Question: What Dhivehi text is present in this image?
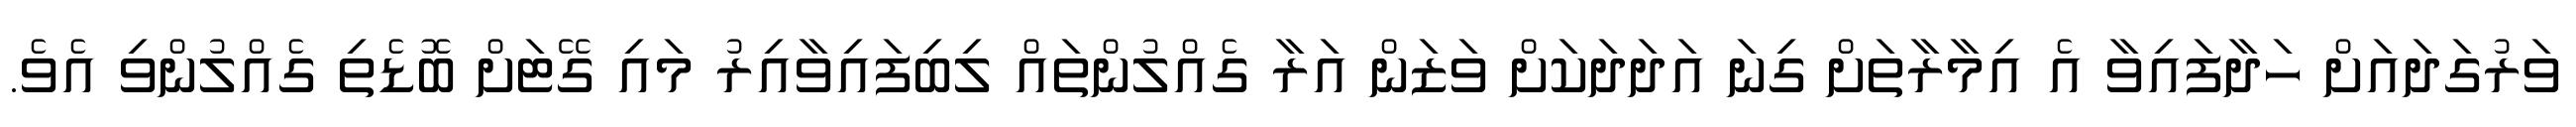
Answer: ވަރުގަދައަށް ހަދާފައިވާ އެ އިމާރާތަށް ގިނަ އަދަދަކަށް ވަޒަން އަރާ ގެއްލުންތައް ލިބިފައިވާއިރު މައި ގޭޓަށް ބޮޑެތި ގެއްލުންވި އެވެ.